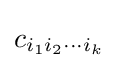
c_{i_{1}i_{2}\cdots i_{k}}